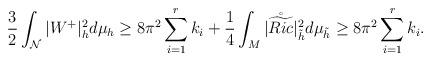
LaTeX: \begin{align*} \frac{3}{2}\int_{\mathcal{N}}|W^{+}|_{h}^2d\mu_h \geq 8\pi^2\sum_{i=1}^{r}k_i + \frac{1}{4}\int_{M}|\mathring{\widetilde{Ric}}|_{\tilde{h}}^2 d\mu_{\tilde{h}} \geq 8\pi^2\sum_{i=1}^{r}k_i. \end{align*}